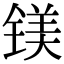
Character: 镁